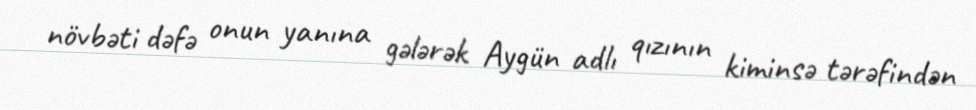
növbəti dəfə onun yanına gələrək Aygün adlı qızının kiminsə tərəfindən